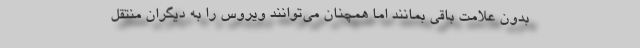
بدون علامت باقی بمانند اما همچنان می‌توانند ویروس را به دیگران منتقل